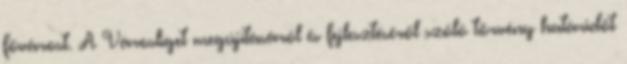
fővárost. A Városliget megújításáról és fejlesztéséről szóló törvény határidőt